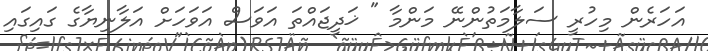
އަހަރެން މިހުރީ ސަލާމަތުންނޭ މަންމާ " ޚަދީޖައްތަ އަވަސް އަވަހަށް އަލާނިޔާގެ ގައިގައި